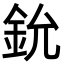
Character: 鈗